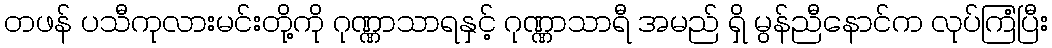
တဖန် ပသီကုလားမင်းတို့ကို ဂုဏ္ဏာသာရနှင့် ဂုဏ္ဏာသာရီ အမည် ရှိ မွန်ညီနောင်က လုပ်ကြံပြီး